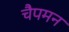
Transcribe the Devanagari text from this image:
चैपमन